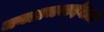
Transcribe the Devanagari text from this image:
जनताजनार्दनाला